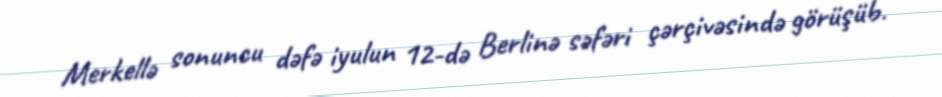
Merkellə sonuncu dəfə iyulun 12-də Berlinə səfəri çərçivəsində görüşüb.